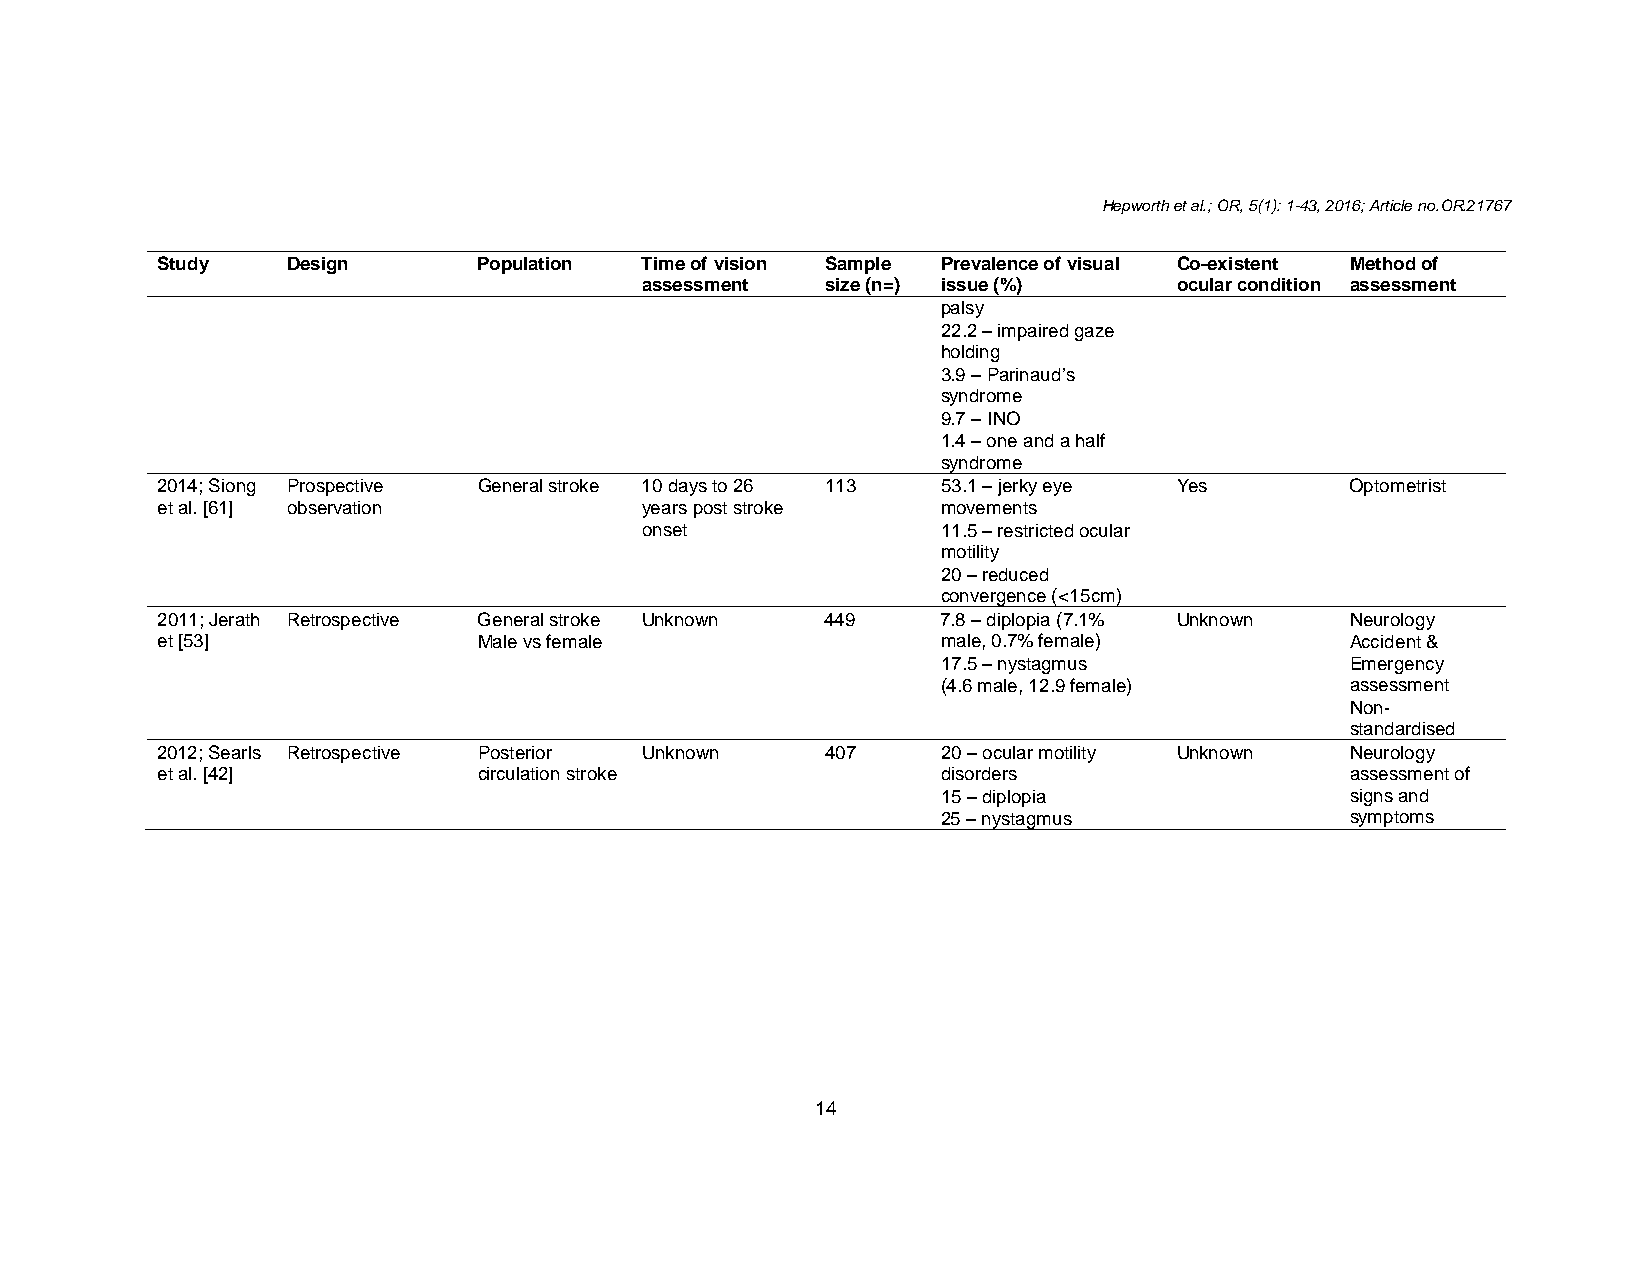
Hepworth et al.; OR, 5(1): 1-43, 2016; Article no.OR.21767
 Study    Design       Population Time of vision Sample Prevalence of visual Co-existent Method of
 assessment   size (n=) issue (%)    ocular condition assessment
 palsy
 22.2 – impaired gaze
 holding
 3.9 – Parinaud’s
 syndrome
 9.7 – INO
 1.4 – one and a half
 syndrome
 2014; Siong Prospective General stroke 10 days to 26 113 53.1 – jerky eye Yes  Optometrist
 et al. [61] observation         years post stroke   movements
 onset               11.5 – restricted ocular
 motility
 20 – reduced
 convergence (<15cm)
 2011; Jerath Retrospective General stroke Unknown 449 7.8 – diplopia (7.1% Unknown Neurology
 et [53]               Male vs female                male, 0.7% female)         Accident &
 17.5 – nystagmus           Emergency
 (4.6 male, 12.9 female)    assessment
 Non-
 standardised
 2012; Searls Retrospective Posterior Unknown 407    20 – ocular motility Unknown Neurology
 et al. [42]           circulation stroke            disorders                  assessment of
 15 – diplopia              signs and
 25 – nystagmus             symptoms
 14